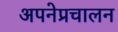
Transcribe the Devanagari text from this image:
अपनेप्रचालन